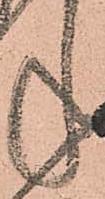
ね